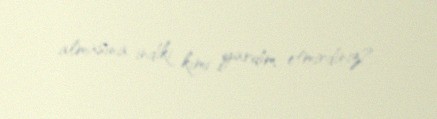
almasına indiki kimi yardım etmirdiniz?.